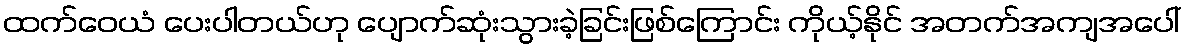
ထက်ဝေယံ ပေးပါတယ်ဟု ပျောက်ဆုံးသွားခဲ့ခြင်းဖြစ်ကြောင်း ကိုယ့်နိုင် အတက်အကျအပေါ်